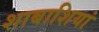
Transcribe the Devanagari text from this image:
शाबाशियां